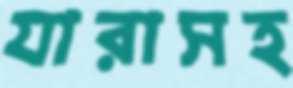
যারাসহ